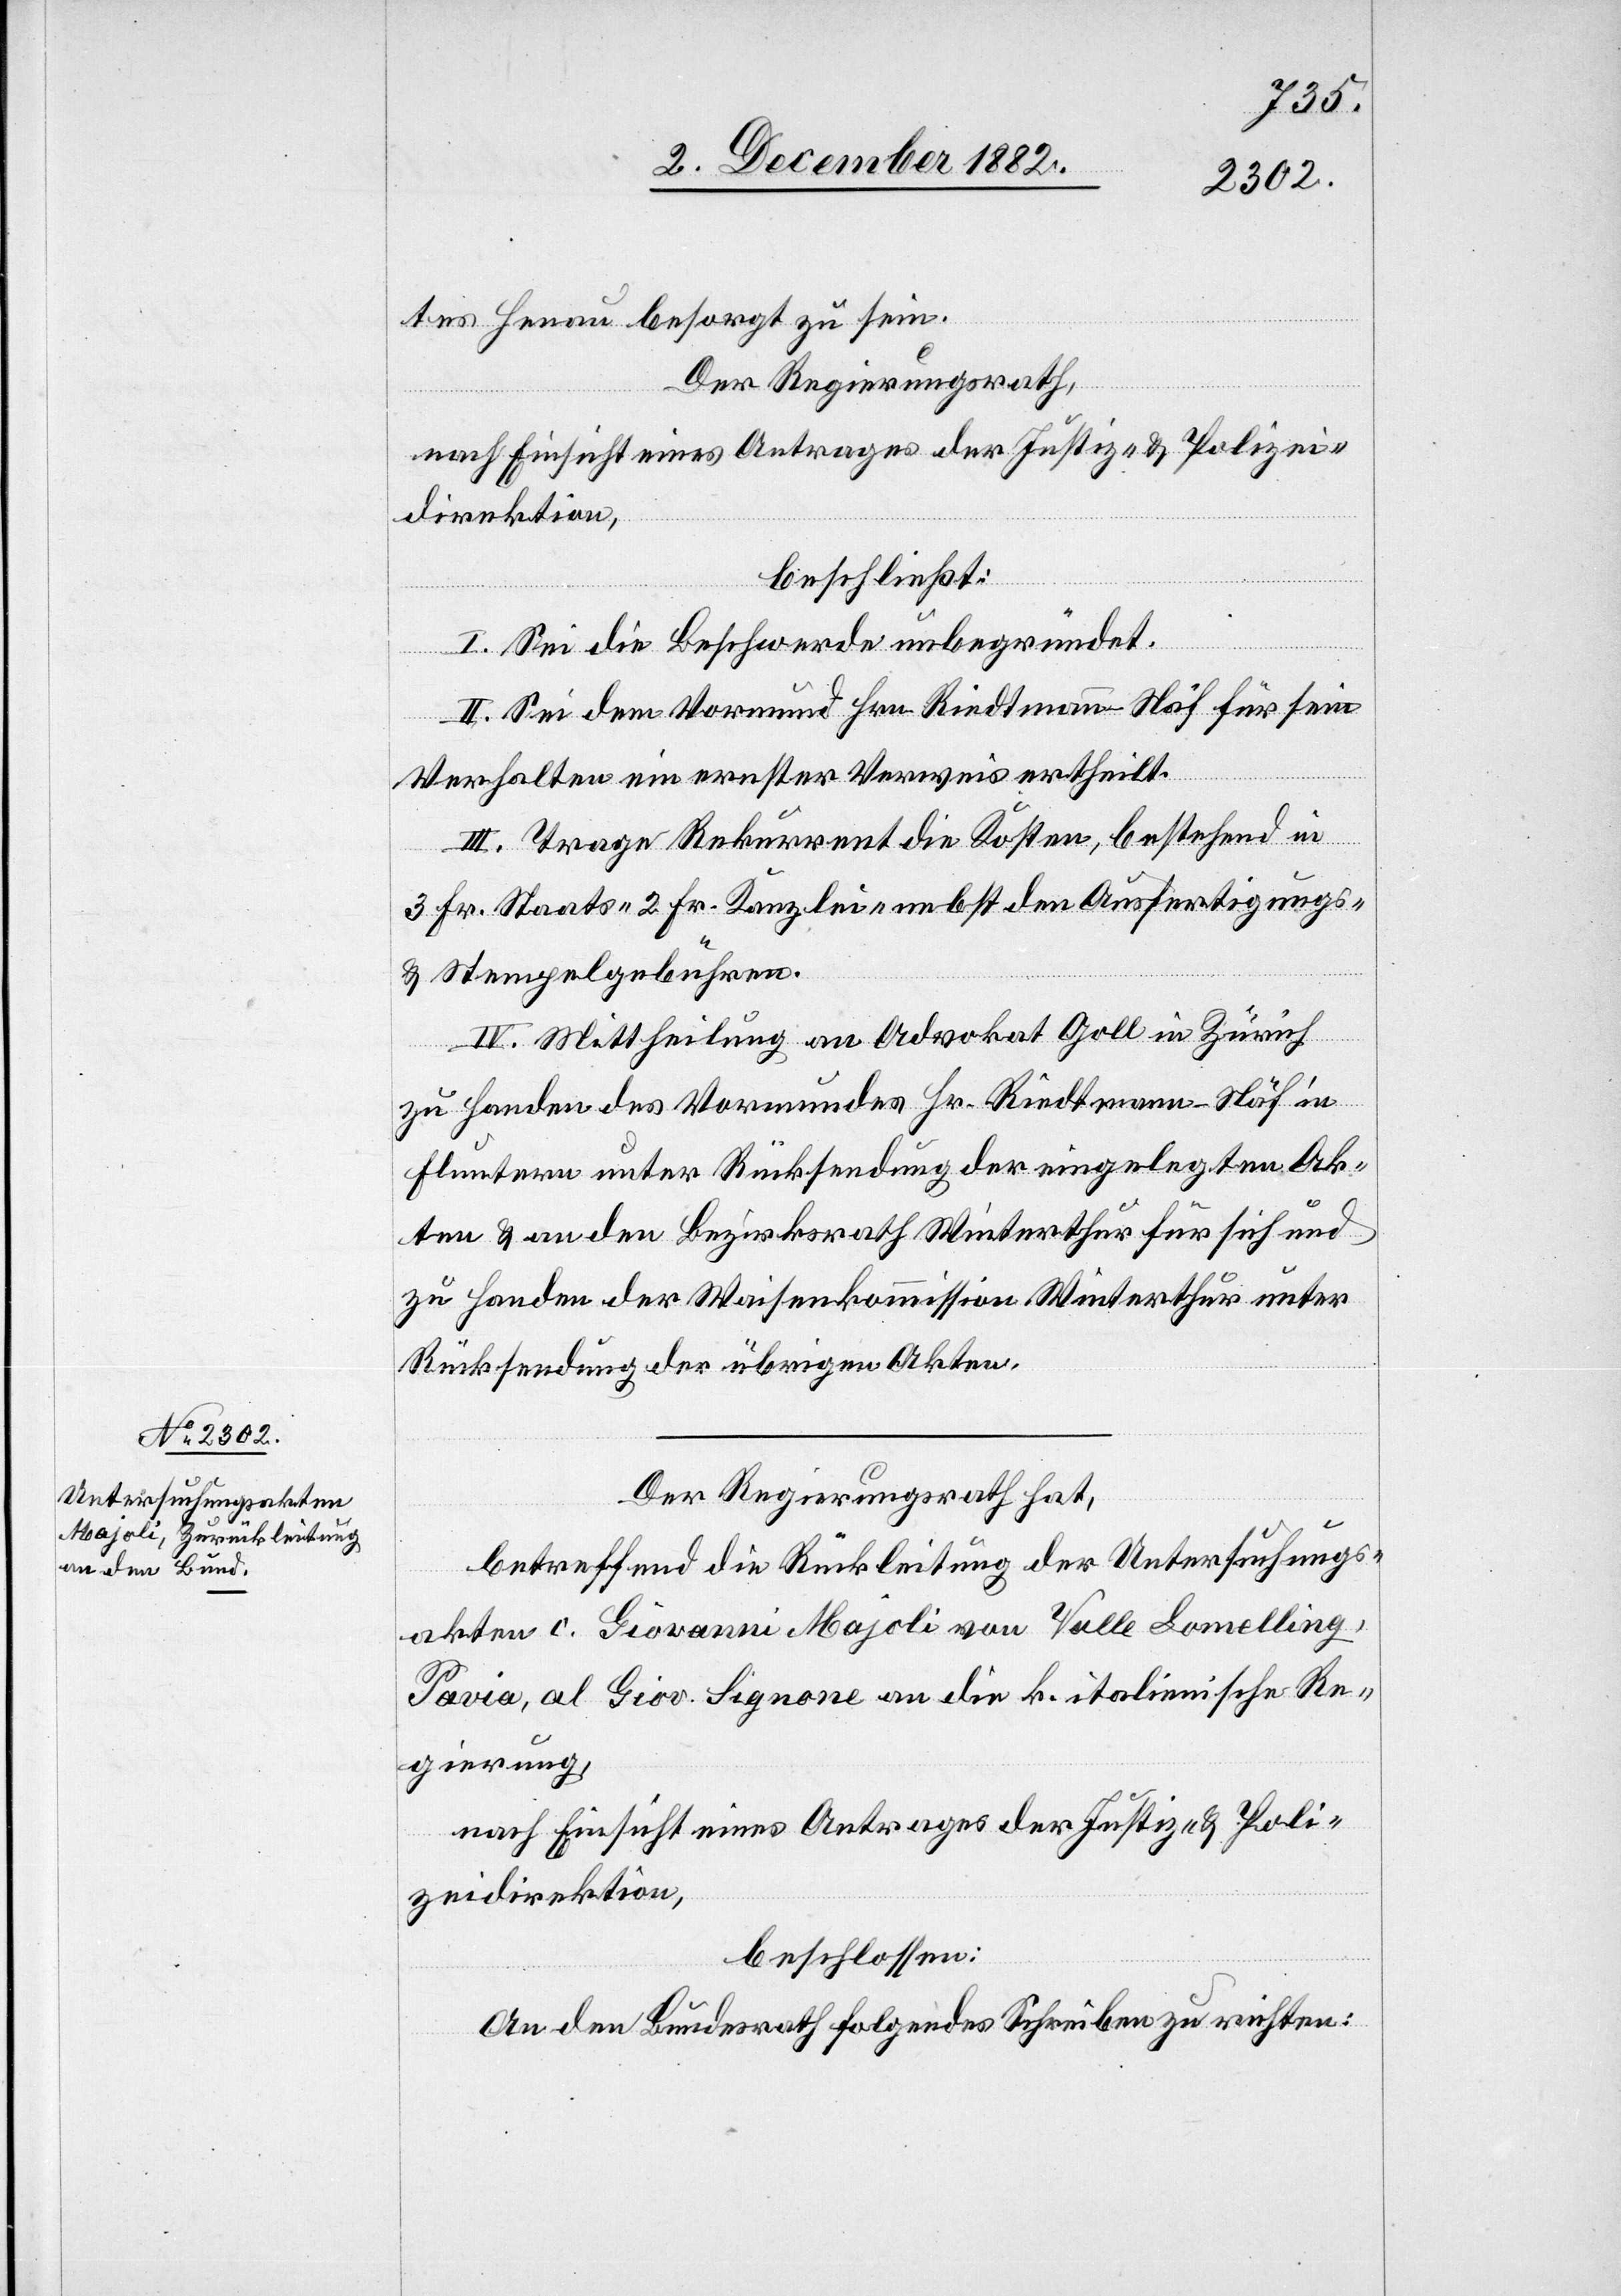
tes Henau besorgt zu sein.
Der Regierungsrath,
nach Einsicht eines Antrages der Justiz- & Polizei¬
direktion,
beschließt:
I. Sei die Beschwerde unbegründet.
II. Sei dem Vormund Hrn. Riedtmann-Näf für sein
Verhalten ein ernster Verweis ertheilt.
III. Trage Rekurrent die Kosten, bestehend in
3 Fr. Staats- 2 Fr. Kanzlei- nebst den Ausfertigungs-
& Stempelgebühren.
IV. Mittheilung an Advokat Goll in Zürich
zu Handen des Vormundes Hr. Riedtmann-Näf in
Fluntern unter Rücksendung der eingelegten Ak¬
ten & an den Bezirksrath Winterthur für sich und
zu Handen der Waisenkommission Winterthur unter
Rücksendung der übrigen Akten.
Der Regierungsrath hat,
betreffend die Rückleitung der Untersuchungs¬
akten c. Giovanni Majoli von Valle Lomelling
Pavia, al Giov. Signone an die k. italienische Re¬
gierung,
nach Einsicht eines Antrages der Justiz- & Poli¬
zeidirektion,
beschlossen:
An den Bundesrath folgendes Schreiben zu richten: